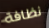
نظافة